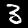
Digit: 3